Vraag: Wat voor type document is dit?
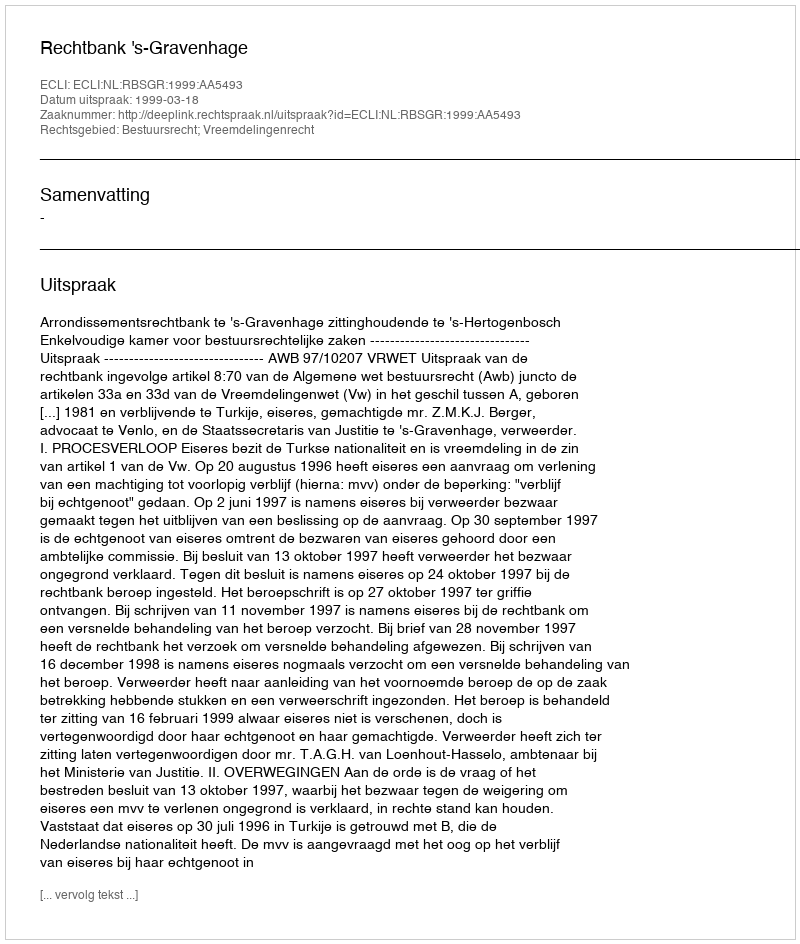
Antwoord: Uitspraak